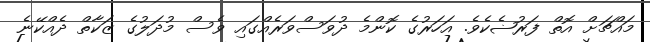
މައްޗަށް އޮތް ފަރުޟެކެވެ. އަހަރުގެ ކޮންމެ ދުވަސްވަރެއްގައި ވެސް މުދަލުގެ ޒަކާތް ދެއްކޭނެ